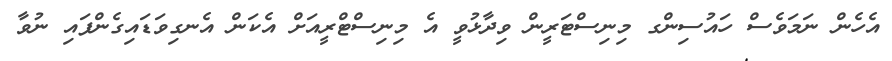
އެހެން ނަމަވެސް ހައުސިންގ މިނިސްޓަރީން ވިދާޅުވީ އެ މިނިސްޓްރީއަށް އެކަން އެނގިވަޑައިގެންފައި ނުވާ